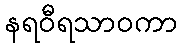
နရဝီရသာဝကာ